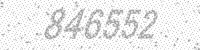
Solution: 846552